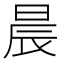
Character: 晨